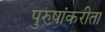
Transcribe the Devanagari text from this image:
पुरुषांकरीता